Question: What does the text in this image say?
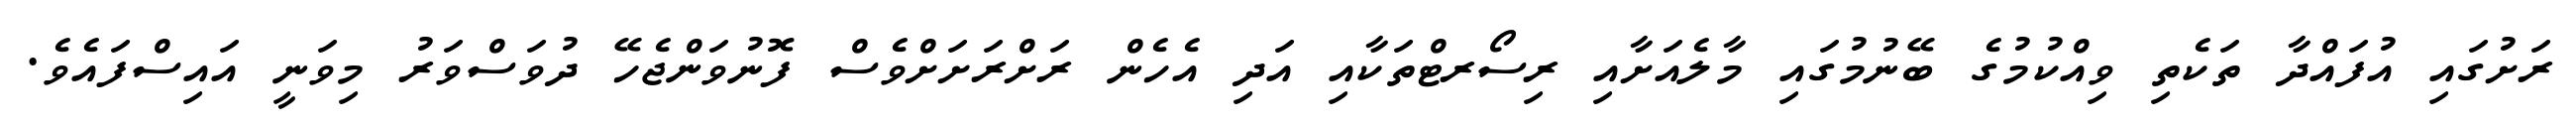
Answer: ރަށުގައި އުފައްދާ ތަކެތި ވިއްކުމުގެ ބޭނުމުގައި މާލެއަށާއި ރިސޯރޓްތަކާއި އަދި އެހެން ރަށްރަށަށްވެސް ފޮނުވަންޖެހޭ ދުވަސްވަރު މިވަނީ އައިސްފައެވެ.